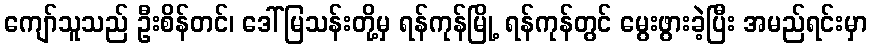
ကျော်သူသည် ဦးစိန်တင်၊ ဒေါ်မြသန်းတို့မှ ရန်ကုန်မြို့ ရန်ကုန်တွင် မွေးဖွားခဲ့ပြီး အမည်ရင်းမှာ